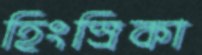
হিংস্রিকা